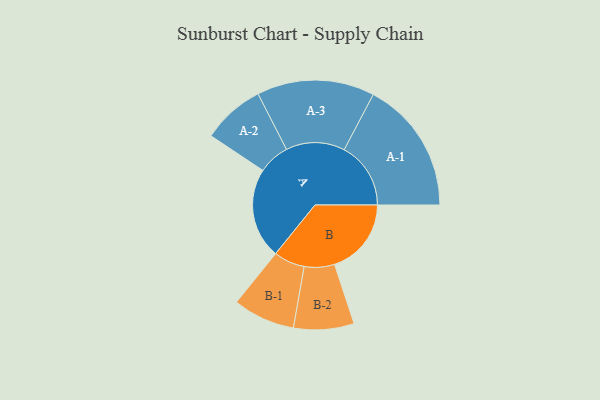
{"axis": {"x": "Segment", "y": "Value"}, "legend": ["", "A", "B"], "data": [{"x": "A", "y": 408, "type": ""}, {"x": "B", "y": 346, "type": ""}, {"x": "A-1", "y": 300, "type": "A"}, {"x": "A-2", "y": 141, "type": "A"}, {"x": "A-3", "y": 265, "type": "A"}, {"x": "B-1", "y": 140, "type": "B"}, {"x": "B-2", "y": 136, "type": "B"}]}